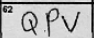
Transcription: QPV